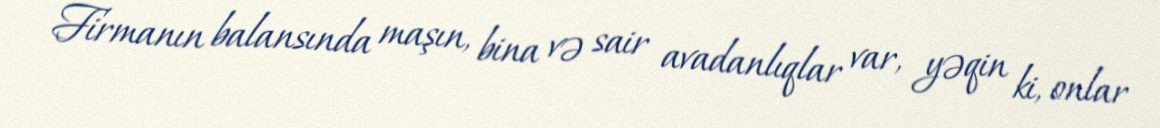
Firmanın balansında maşın, bina və sair avadanlıqlar var, yəqin ki, onlar